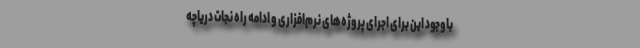
باوجود این برای اجرای پروژه‌های نرم‌افزاری و ادامه راه نجات دریاچه